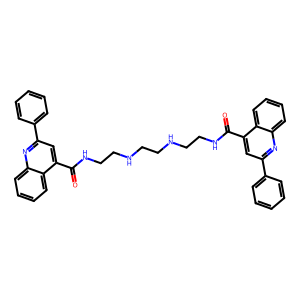
SMILES: O=C(NCCNCCNCCNC(=O)c1cc(-c2ccccc2)nc2ccccc12)c1cc(-c2ccccc2)nc2ccccc12
Inhibits HIV replication: No